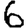
Digit: 6